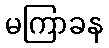
မကြာခန